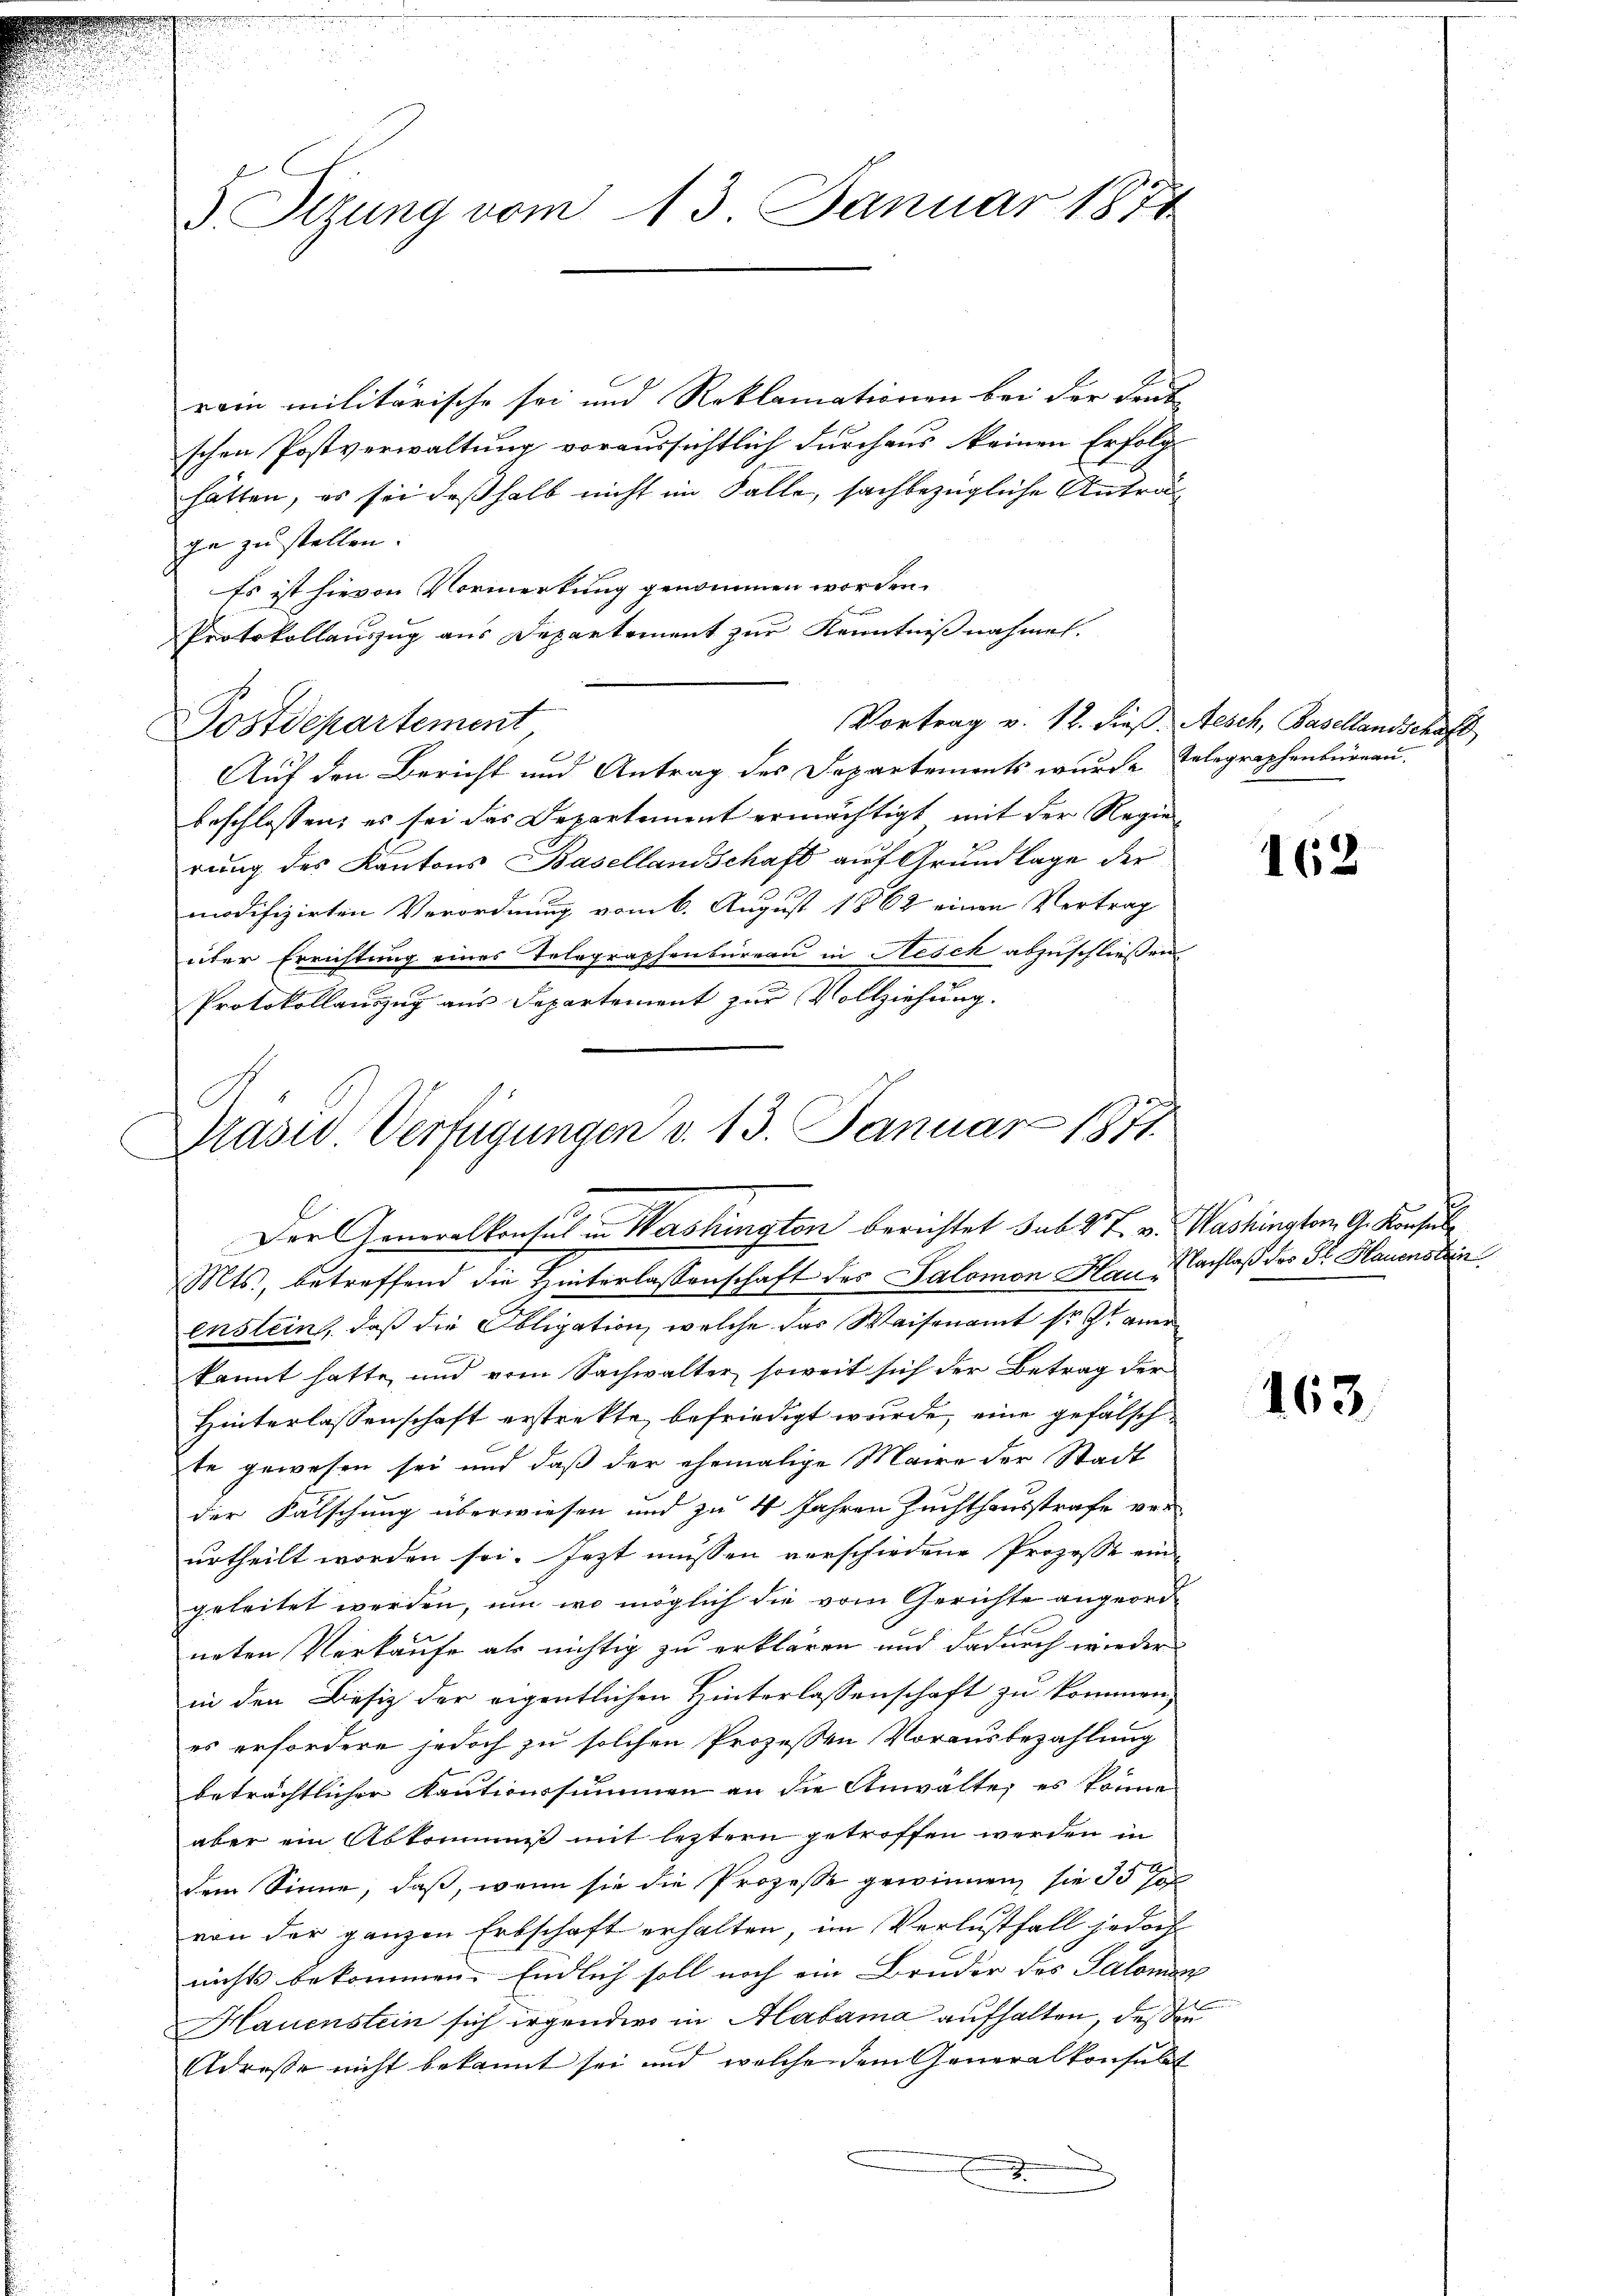
J. Otzung vom 13. Januar 1871

rain militärische sei und Reklamationen bei der Leute
schen Postverwaltung voraussichtlich durchaus keinen Erfolg
hätten, es sei deßhalb nicht im Falle, sachbezügliche Anträga zu stellen.
Es ist hievon Vormerkung genommen worden.
Protokollauszug aus Departement zur Kenntnißnahmen.
Postdepartement
Auf den Bericht und Antrag des Departements wurde Telegraphenbureau.
beschlossen, es sei das Departement ermächtigt mit der Regierung des Kantons Basellandschaft auf Grundlage der
modifizirten Verordnung vom 6. August 1862 einen Vortrag
über Errichtung eines Telegraphenbureau in Resek abzuschließen
Protokollauszug aus Separtement zur Vollziehung.

Vortrag v. 12. dieß, Aesch, Basellandschaft

Prasis Verfügungen d. 13. Januar 1871.
f
Der Generalkonsul in Washington berichtet sub 27. v. Washington G. Konsul

Mts., betreffend die Hinterlassenschaft des Salomon Hau, Nachlaß des Dr. Hauenstein
enslein, daß die Obligation, welche das Waisenamt so et an
kannt hatte, und vom Sachwalter, soweit sich der Betrag der
Hinterlassenschaft erstrekte, befriedigt wurde, eine gefälschte gewesen sei und daß der ehemalige Maire der Stadt
der Falschung überwiesen und zu 4 Jahren Zuchthausstrafe ver
urtheilt worden sei. Jezt müssen verschiedene Prozesse ein-
geleitet werden, um wo möglich die vom Gerichte angeordneten Verkaufe als nichtig zu erklären und dadurch wieder
in den Besiz der eigentlichen Hinterlassenschaft zu kommen,
es erfordere jedoch zu solchen Prozessen Vorausbezahlung
beträchtlicher Kautionssummen an die Anwälte, es könne
aber ein Abkommiß mit leztern getroffen werden in
dem Sinne, daß, wenn sie die Prozesse gewinnen, sie 35 Jo
von der ganzen Erbschaft erhalten, im Verlustfall jedoch
nichts bekommen. Endlich soll noch ein Bruder des Salomon
Hauenstein sich irgender in Alabama aufhalten, deßen
Adresse nicht bekannt sei und welchen dem Generalkonsulat
.

162

163.